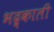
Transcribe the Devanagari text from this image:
भद्र्काली